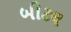
બીટલ